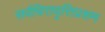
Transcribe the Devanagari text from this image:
सर्वचित्तवृत्तिप्रशम